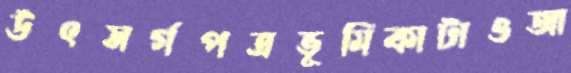
উৎসর্গপত্রভূমিকাটাওআ